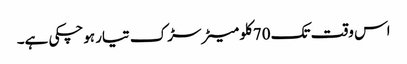
اس وقت تک 70کلو میٹر سڑک تیار ہوچکی ہے۔